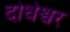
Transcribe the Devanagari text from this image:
दोधेश्वर